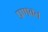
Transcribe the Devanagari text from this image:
प्रणवत